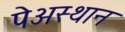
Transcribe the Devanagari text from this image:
पेअस्थान